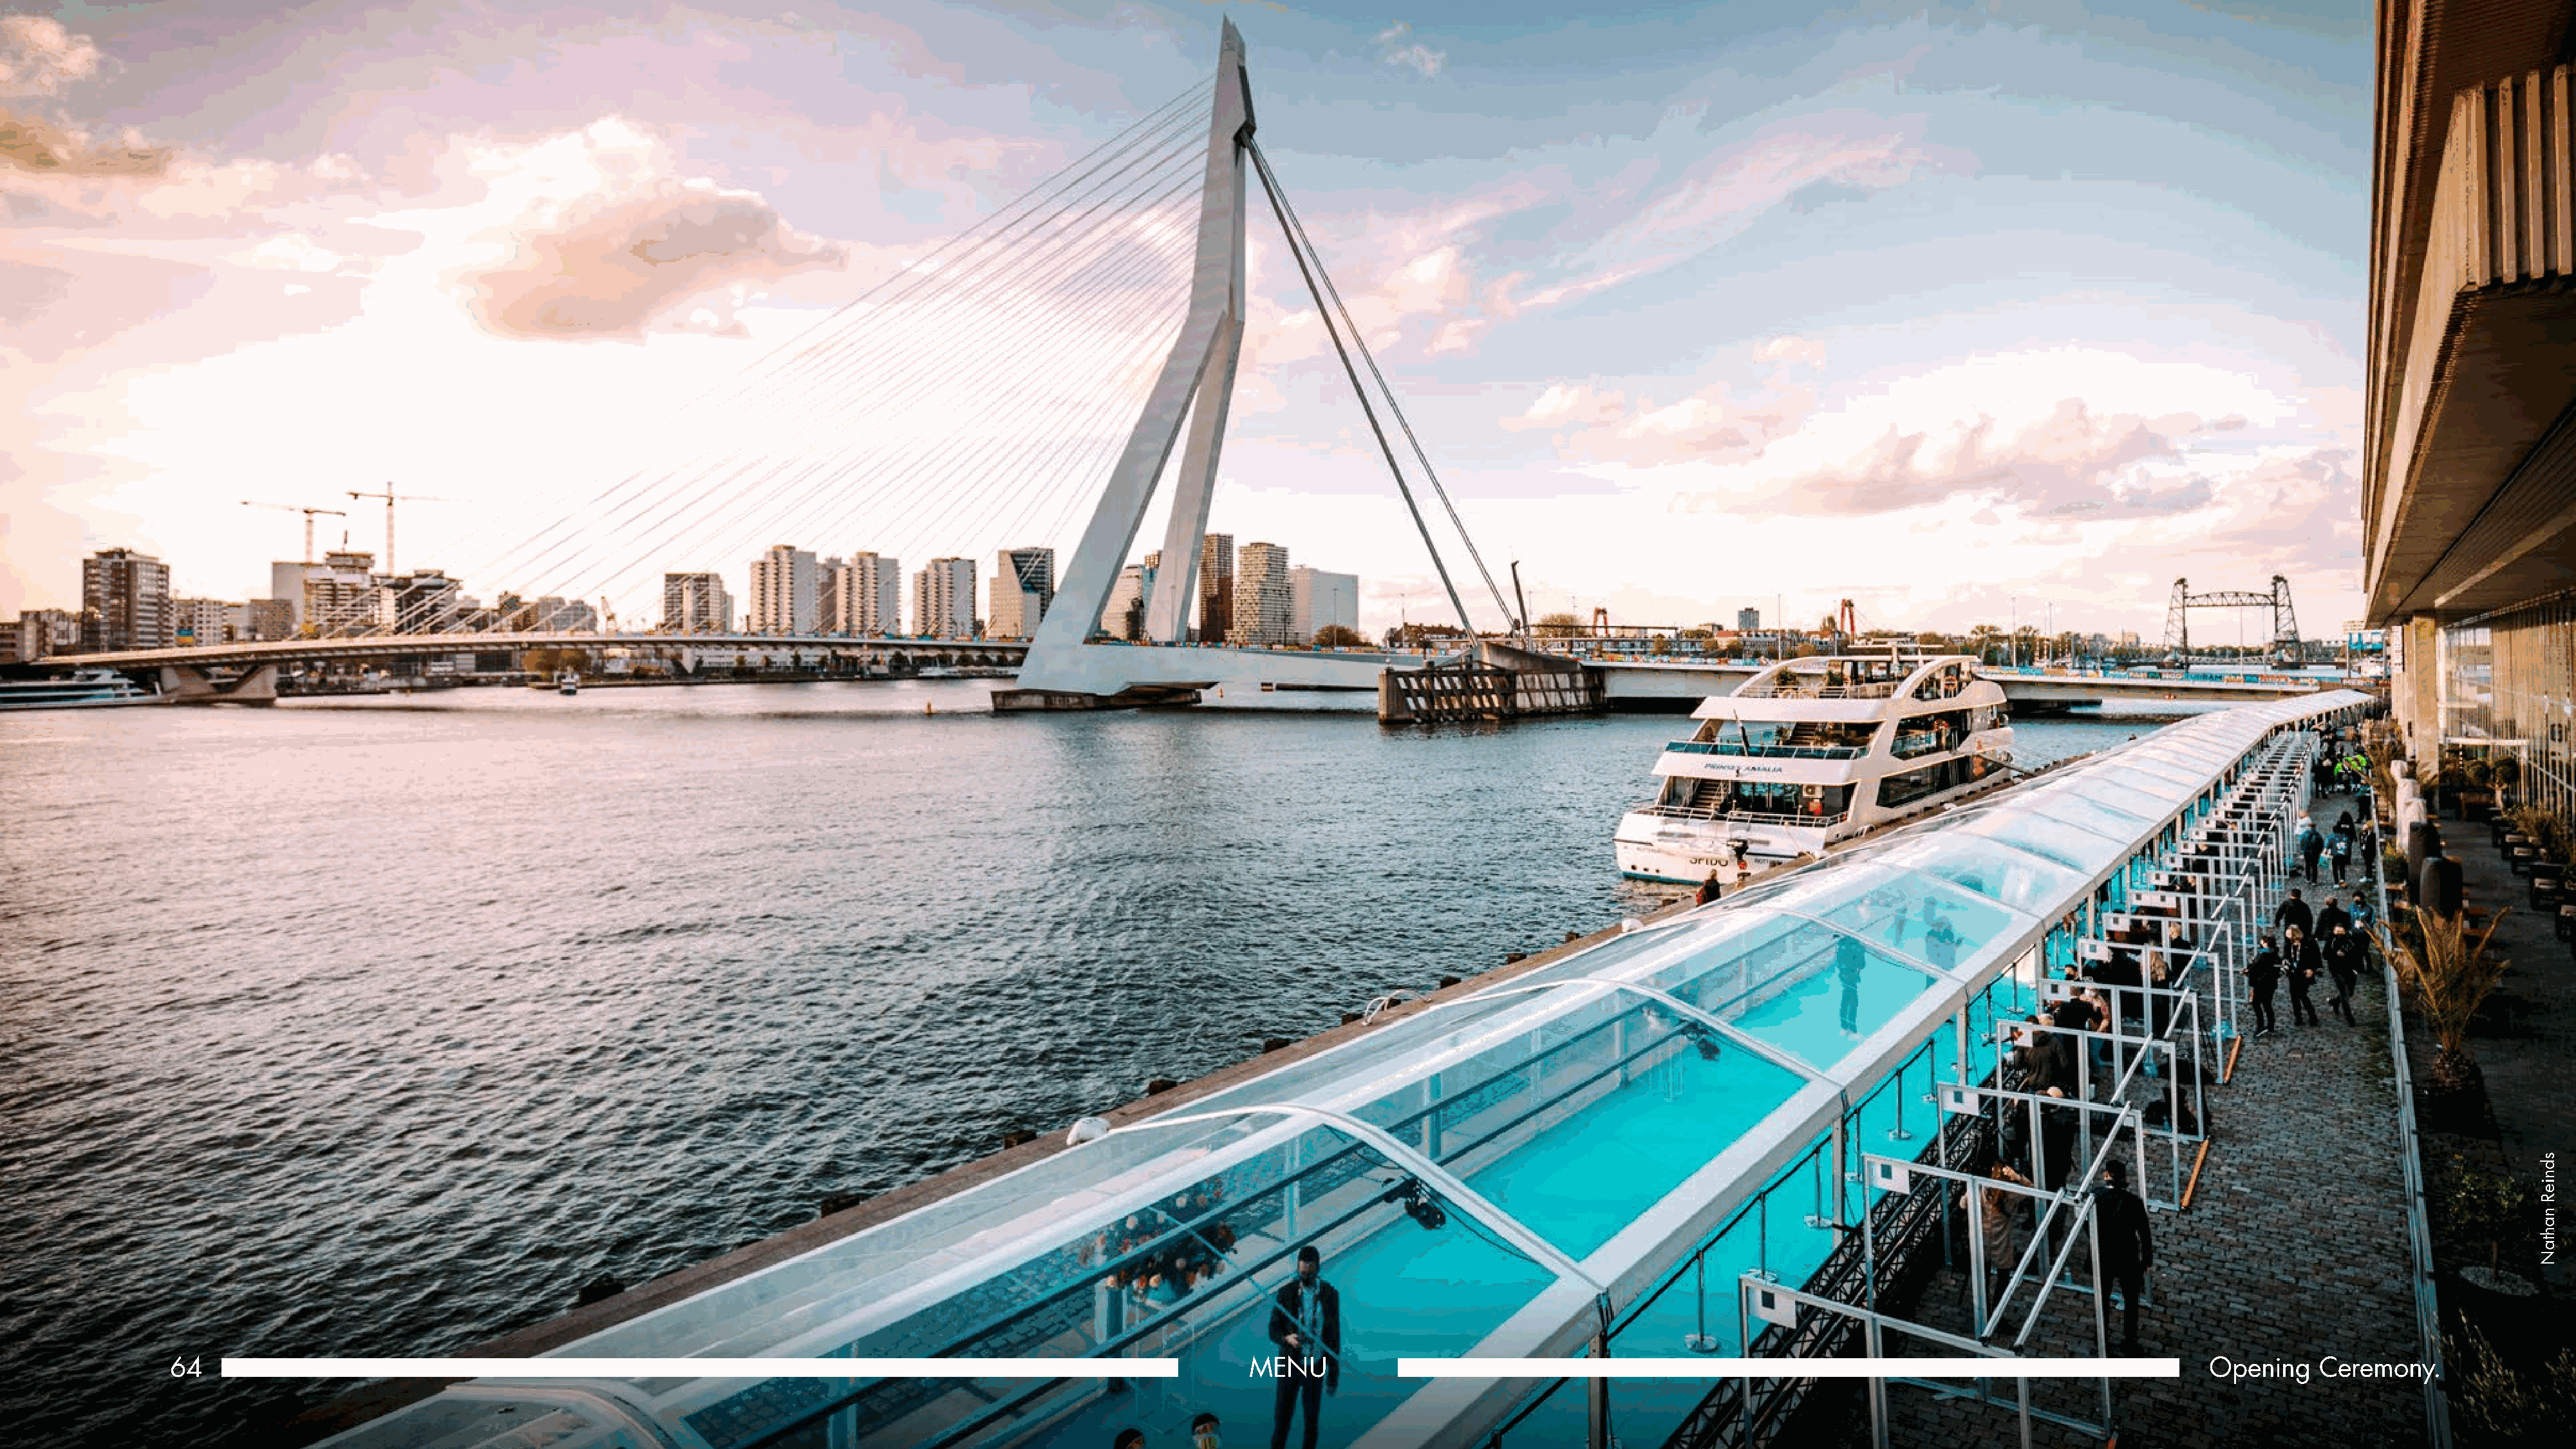
64                                                                                                             MENU                                                                                               Opening    Ceremony.
 sdnieR
 nahtaN